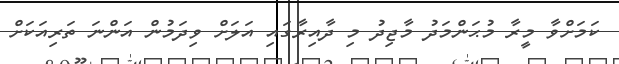
ކަމަށްވާ މީރާ މުޙަންމަދު މާޖިދު މި ދާއިރާގައި އަލަށް ވިދަމުން އަންނަ ތަރިއަކަށް